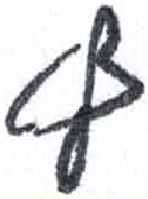
אות: ץ